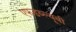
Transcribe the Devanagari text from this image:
एफडब्ल्यूबी